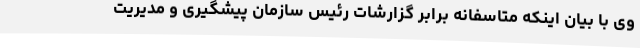
وی با بیان اینکه متاسفانه برابر گزارشات رئیس سازمان پیشگیری و مدیریت